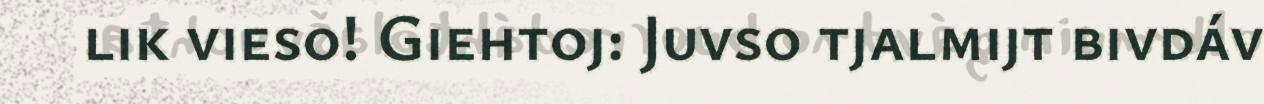
lik vieso! Giehtoj: Juvso tjalmijt bivdáv